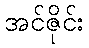
အင်ဇိုင်း